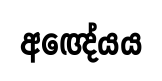
අඥේයය